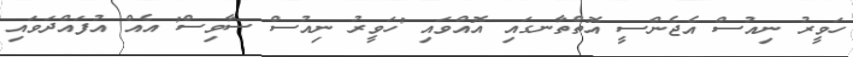
ހަވީރު ނިއުސް އެޖެންސީ އޮތްތާނގައި އޮއްވައި 'ހަވީރު ނިއުސް ސާވިސް' އެއް އުފައްދަވައި